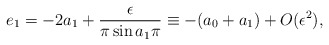
\begin{align*}e_{1}=-2a_{1}+ \frac{\epsilon}{\pi \sin a_{1}\pi}\equiv-(a_0+a_1) +O(\epsilon^2),\end{align*}